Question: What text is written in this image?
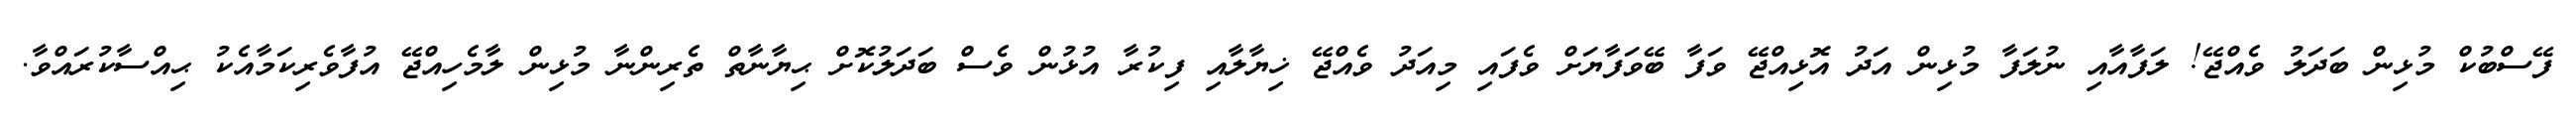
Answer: ފޭސްބުކް މުޅިން ބަދަލު ވެއްޖޭ! ލަފާއާއި ނުލަފާ މުޅިން އަދު އޮޅިއްޖޭ ވަފާ ބޭވަފާޔަށް ވެފައި މިއަދު ވެއްޖޭ ޚިޔާލާއި ފިކުރާ އުޅުން ވެސް ބަދަލުކޮށް ޙިޔާނާތް ތެރިންނާ މުޅިން ލާމެހިއްޖޭ އުފާވެރިކަމާއެކު ޙިއްސާކުރައްވާ.